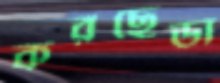
করছেডা